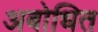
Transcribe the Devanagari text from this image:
अबोधित